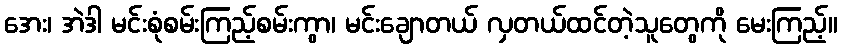
အေး၊ အဲဒါ မင်းစုံစမ်းကြည့်စမ်းကွာ၊ မင်းချောတယ် လှတယ်ထင်တဲ့သူတွေကို မေးကြည့်။